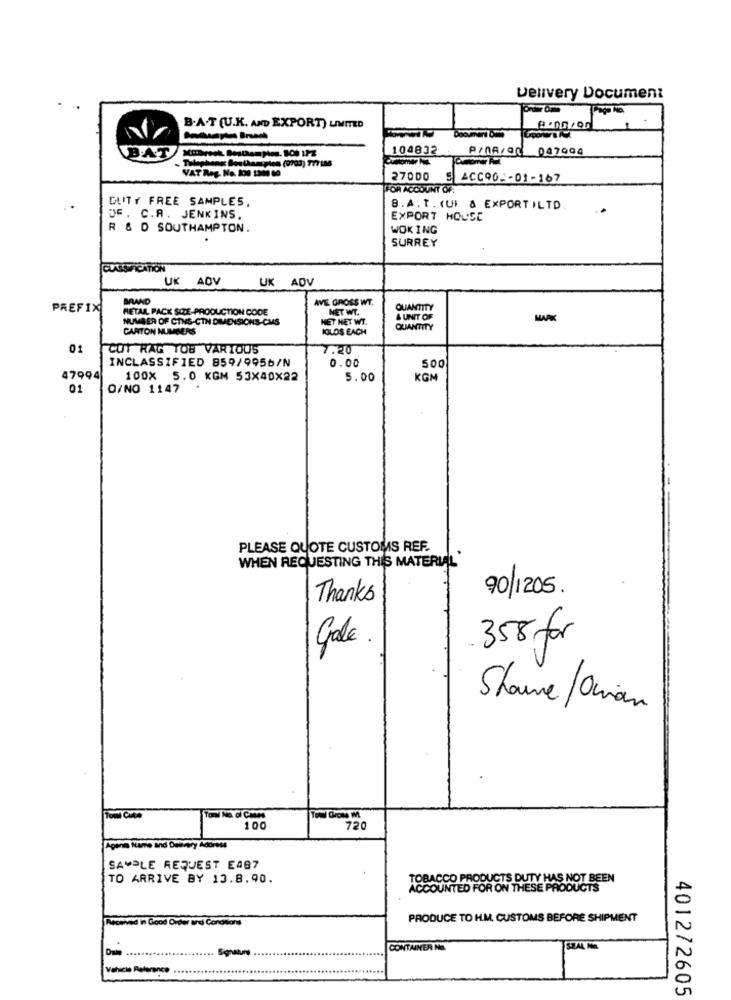
Delivery Document
B.A.T (U.K. AND EXPORT) LIMITED
9.00/00 1
104832
P/nA/90 047904
AT
VAT Reg. No. 100 1300 10
27000 5 ACC90 -01-167
FOR ACCOUNT OF
DUTY FREE SAMPLES,
8.A. T. (UI & EXPORT ILTD
DF. C.R. JENKINS,
EXPORT HOUSE
R & D SOUTHAMPTON.
WOK ING
SURREY
UK ADV
UK ADV
BRAND
AVE GROSS WT.
PREFIX
RETAIL PACK SIZE-PRODUCTION CODE
NET WT.
QUANTITY
NUMBER OF GINS-CTN DIMENSIONS-CMS
HEY NET WT.
& UNIT OF
CARTON NUMBERS
IGLOS EACH
QUANTITY
01
COT RAG TOB VARIOUS
7.70
INCLASSIFIED 859/9956/N
0.00
500
47994
100X 5.0 KGM 53X40X22
5.00
KGM
01
O/NO 1147
PLEASE QUOTE CUSTOMS REF.
WHEN REQUESTING THIS MATERIAL'
90/1205.
Thanks
358 for
Gale
Share/Oman
Tom CatA
Toni No. ci Cates
Towl Groes M.
100
720
SAMPLE REQUEST E487
TO ARRIVE BY 13.8.90.
TOBACCO PRODUCTS DUTY HAS NOT BEEN
ACCOUNTED FOR ON THESE PRODUCTS
PRODUCE TO H.M. CUSTOMS BEFORE SHIPMENT
wowived in Good Order and Conditions
CONTAINER NO
SZAL NA
Vehicle Reference
4012/2605